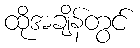
ထိုအချိန်တွင်